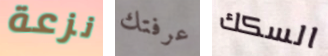
نزعة عرفتك السكك